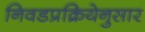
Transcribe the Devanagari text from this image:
निवडप्रक्रियेनुसार